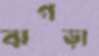
ঝগড়া